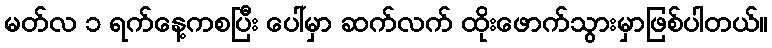
မတ်လ ၁ ရက်နေ့ကစပြီး ပေါ်မှာ ဆက်လက် ထိုးဖောက်သွားမှာဖြစ်ပါတယ်။